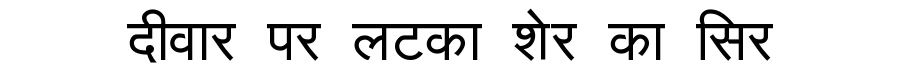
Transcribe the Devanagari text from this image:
दीवार पर लटका शेर का सिर